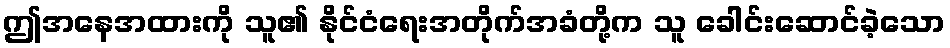
ဤအနေအထားကို သူ၏ နိုင်ငံရေးအတိုက်အခံတို့က သူ ခေါင်းဆောင်ခဲ့သော